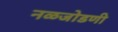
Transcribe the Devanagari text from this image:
नळजोडणी